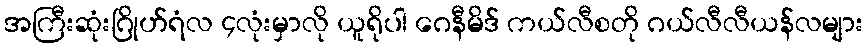
အကြီးဆုံးဂြိုဟ်ရံလ ၄လုံးမှာလို ယူရိုပါ ဂေနီမိဒ် ကယ်လီစတို ဂယ်လီလီယန်လများ